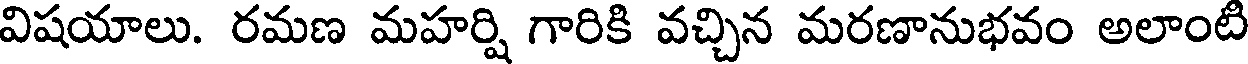
విషయాలు. రమణ మహర్షి గారికి వచ్చిన మరణానుభవం అలాంటి